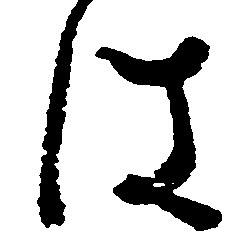
は